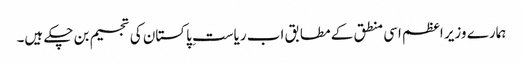
ہمارے وزیر اعظم اسی منطق کے مطابق اب ریاستِ پاکستان کی تجسیم بن چکے ہیں۔